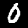
Digit: 0